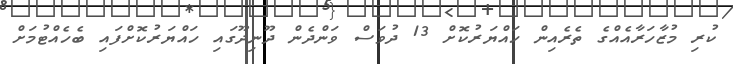
ކުރި މުޒާހަރާއެއްގެ ތެރެއިން ހައްޔަރުކޮށް 13 ދުވަސް ވަންދެން ދޫނިދޫގައި ހައްޔަރުކޮށްފައި ބެހެއްޓުމަށް